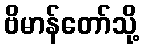
ဗိမာန်တော်သို့